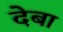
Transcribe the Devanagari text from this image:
देबा